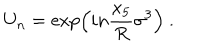
U _ { n } = \exp \left( i n { \frac { x _ { 5 } } { R } } \sigma ^ { 3 } \right) \ .